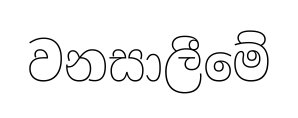
වනසාලීමේ